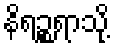
နိရဉ္စရာသို့